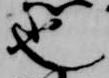
也